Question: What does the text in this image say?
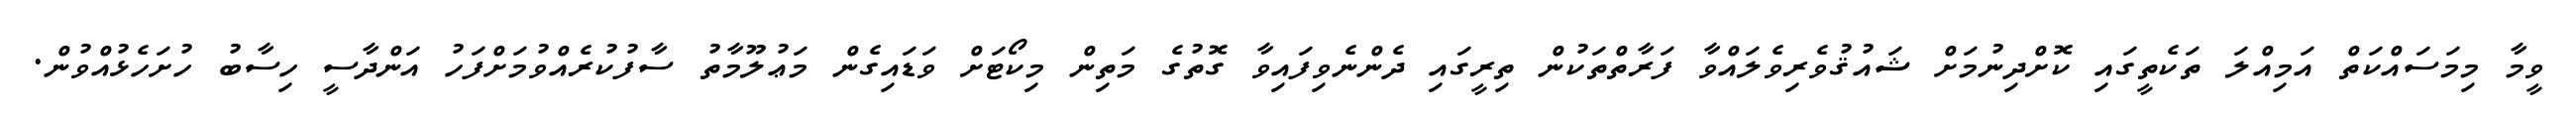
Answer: ވީމާ މިމަސައްކަތް އަމިއްލަ ތަކެތީގައި ކޮށްދިނުމަށް ޝައުޤުވެރިވެލައްވާ ފަރާތްތަކުން ތިރީގައި ދެންނެވިފައިވާ ގޮތުގެ މަތިން މިކޯޓަށް ވަޑައިގެން މަޢުލޫމާތު ސާފުކުރެއްވުމަށްފަހު އަންދާސީ ހިސާބު ހުށަހެޅުއްވުން.